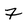
Character: F